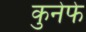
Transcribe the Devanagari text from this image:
कुनेफे